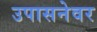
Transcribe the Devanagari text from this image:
उपासनेवर